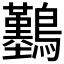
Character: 𪇼